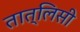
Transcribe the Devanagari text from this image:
तात्लिसी